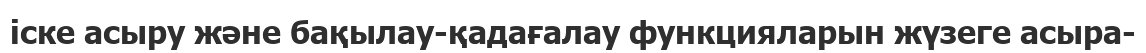
іске асыру және бақылау-қадағалау функцияларын жүзеге асыра-